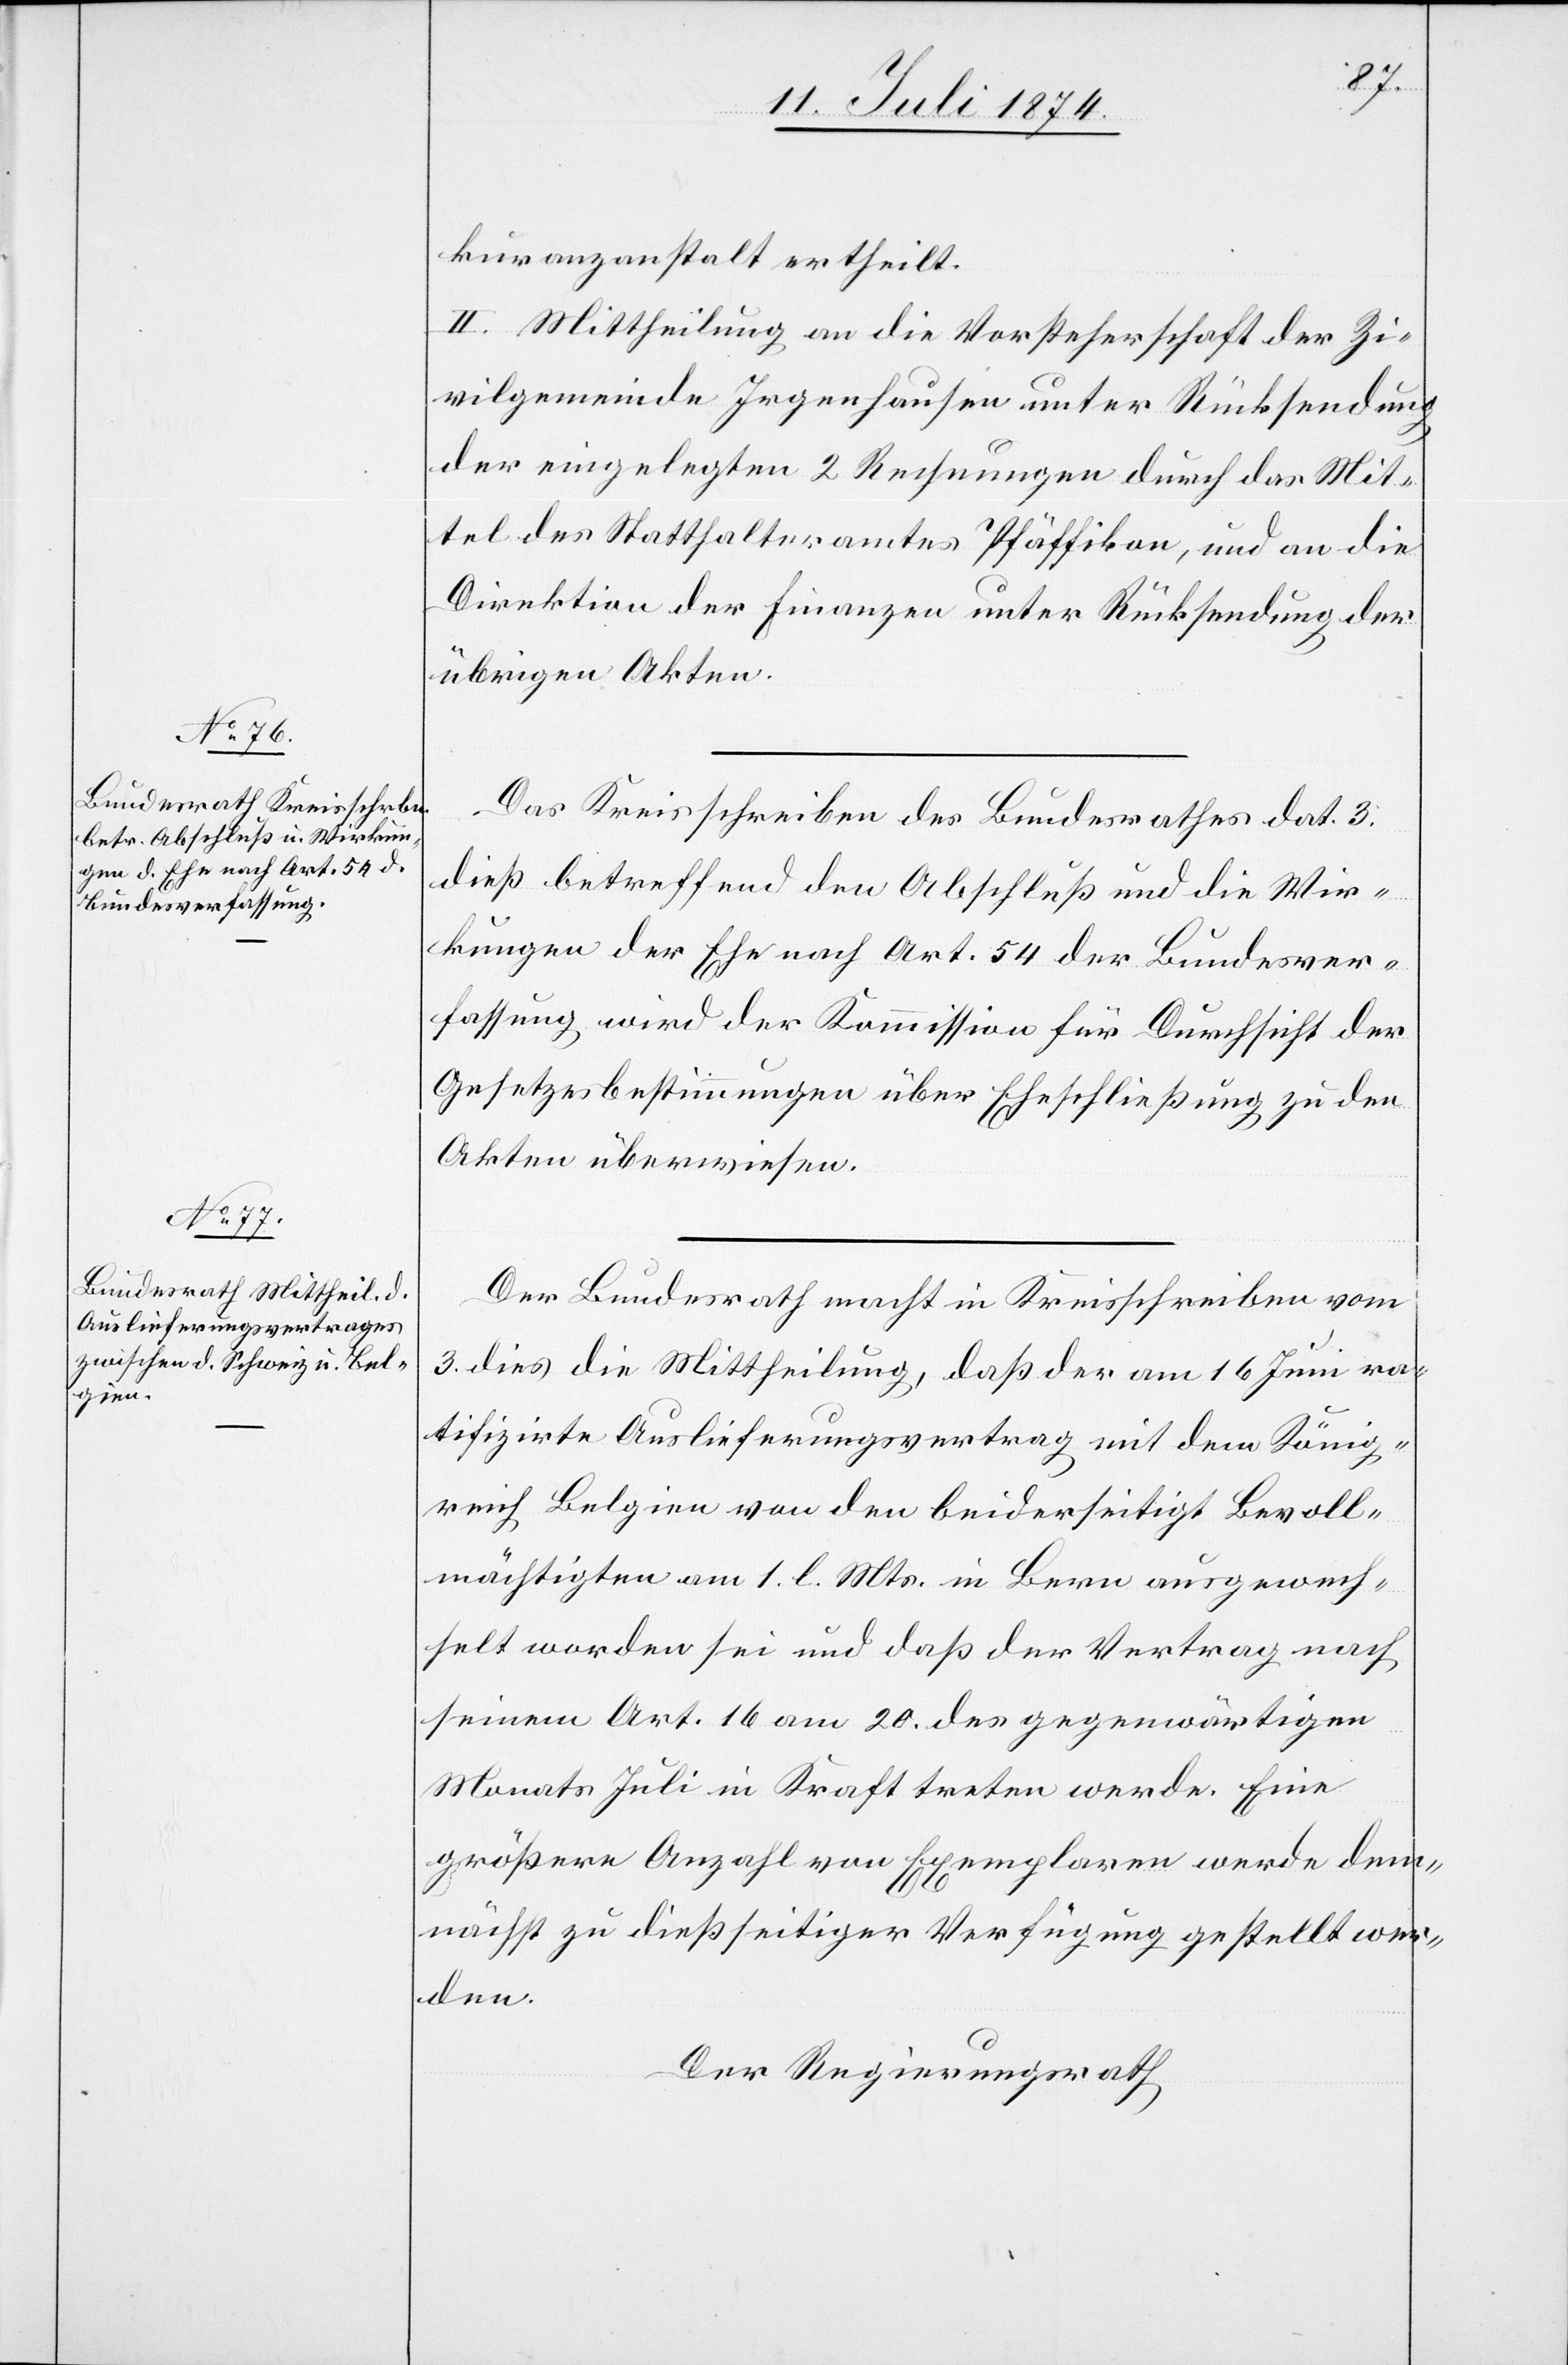
kuranzanstalt ertheilt.
II. Mittheilung an die Vorsteherschaft der Zi¬
vilgemeinde Irgenhausen unter Rücksendung
der eingelegten 2 Rechnungen durch das Mit¬
tel des Statthalteramtes Pfäffikon, und an die
Direktion der Finanzen unter Rücksendung der
übrigen Akten.
Das Kreisschreiben des Bundesrathes dat. 3.
dieß betreffend den Abschluß und die Wir¬
kungen der Ehe nach Art. 54 der Bundesver¬
fassung wird der Kommission für Durchsicht der
Gesetzesbestimmungen über Eheschließung zu den
Akten überwiesen.
Der Bundesrath macht in Kreisschreiben vom
3. dies die Mittheilung, daß der am 16. Juni ra¬
tifizirte Auslieferungsvertrag mit dem König¬
reich Belgien von den beiderseitig Bevoll¬
mächtigten am 1. l. Mts. in Bern ausgewech¬
selt worden sei und daß der Vertrag nach
seinem Art. 16 am 20. des gegenwärtigen
Monats Juli in Kraft treten werde. Eine
größere Anzahl von Exemplaren wird dem¬
nächst zu dießseitiger Verfügung gestellt wer¬
den.
Der Regierungsrath